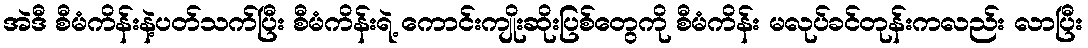
အဲဒီ စီမံကိန်းနဲ့ပတ်သက်ပြီး စီမံကိန်းရဲ့ ကောင်းကျိုးဆိုးပြစ်တွေကို စီမံကိန်း မလုပ်ခင်တုန်းကလည်း လာပြီး